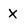
Character: x